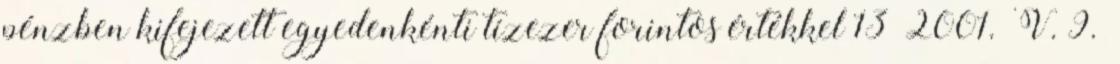
pénzben kifejezett egyedenkénti tízezer forintos értékkel 13 2001. V. 9.